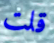
قلت